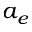
a _ { e }